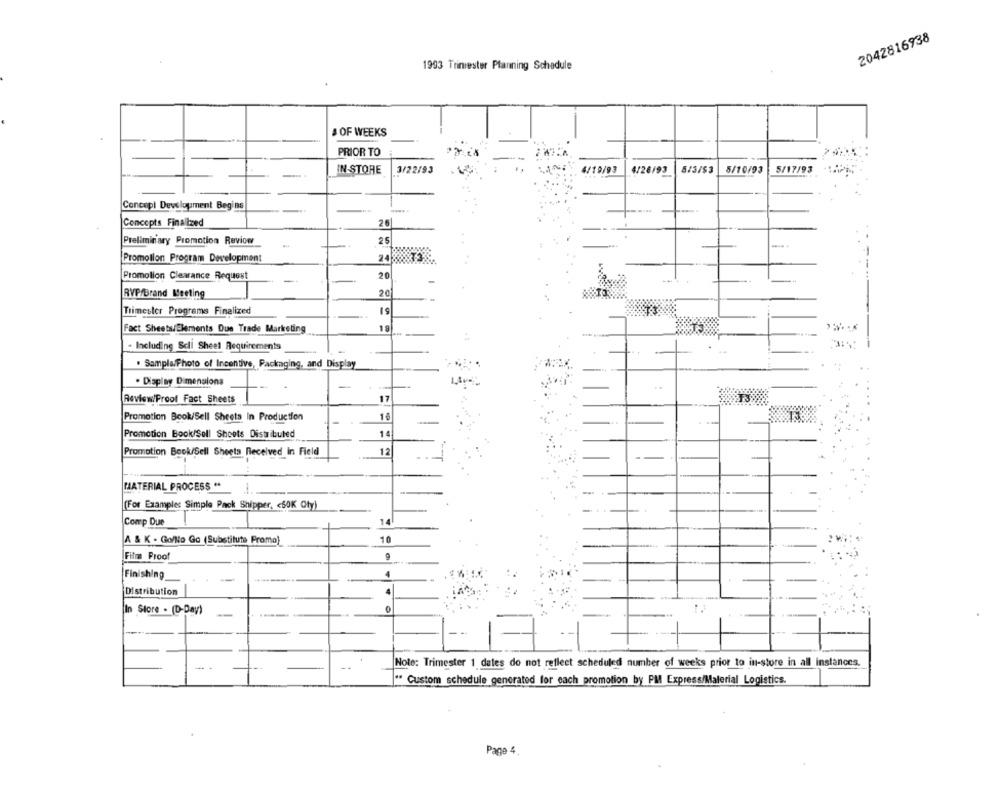
2042816938
1993 Trimester Planning Schedule
# OF WEEKS
PRIOR TO
IN STORE
3/22/93
4/19/93
4/26/93
5/3/$3
5/10/93
5/17/93
Concepi Development Begins
Concepts Finalized
26
Preliminary Promotion Reviow
25
-.. .
Promotion Program Development
Promotion Clearance Request
20
RVP/Brand Meeting
20
51
Trimester Programs Finalized
Fact Sheets/Elements Due Trade Marketing
18
. Including Scli Sheel Requirements
. Sampla, Photo of Incentive, Packaging, and Display
. Display Dimensions
Review/Proof Fact Sheets
17
Promotion Book/Sell Sheets In Production
16
Promotion Book/Soll Shoots Distributed
14
Promotion Book/Sell Sheets Received In Field
12
MATERIAL PROCESS **
(For Example: Simple Pack Shipper, < 60K Oty)
Comp Due
10
A & K - Go/No Ga (Substitute Promo)
Film Proof
Finishing
4
Distribution
4
In Store . (D-Day)
Note: Trimester 1 dates do not reflect scheduled number of weeks prior to in-store in all instances.
" Custom schedule generated for each promotion by PM Express/Material Logistics.
Page 4.